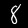
Digit: 8